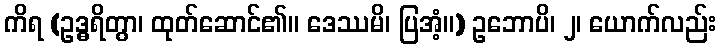
ကိရ (ဥဒ္ဓရိတွာ၊ ထုတ်ဆောင်၏။ ဒေဿမိ၊ ပြအံ့။) ဥဘောပိ၊ ၂၊ ယောက်လည်း